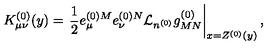
K _ { \mu \nu } ^ { ( 0 ) } ( y ) = \left. \frac { 1 } { 2 } e _ { \mu } ^ { ( 0 ) M } e _ { \nu } ^ { ( 0 ) N } { \cal L } _ { n ^ { ( 0 ) } } g _ { M N } ^ { ( 0 ) } \right| _ { x = Z ^ { ( 0 ) } ( y ) } ,